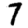
Digit: 7